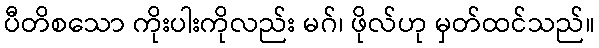
ပီတိစသော ကိုးပါးကိုလည်း မဂ်၊ ဖိုလ်ဟု မှတ်ထင်သည်။